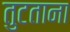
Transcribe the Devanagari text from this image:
तुटताना